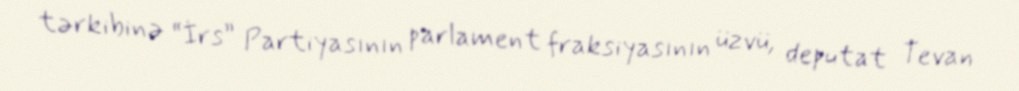
tərkibinə “İrs” Partiyasının parlament fraksiyasının üzvü, deputat Tevan